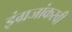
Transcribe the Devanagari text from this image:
इंग्रजांकरवी